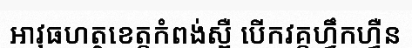
អាវុធហត្ថខេត្តកំពង់ស្ពឺ បើកវគ្គហ្វឹកហ្វឺន